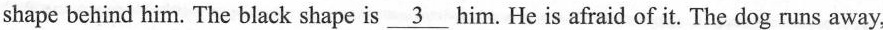
shape behind him. The black shape is \underline{3} him. He is afraid of it. The dog runs away,